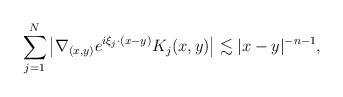
LaTeX: \begin{align*} \sum_{j=1}^N\big|\nabla_{(x,y)}e^{i\xi_j\cdot(x-y)}K_j(x,y)\big|\lesssim |x-y|^{-n-1}, \end{align*}